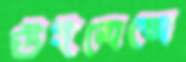
উইমেন্সে